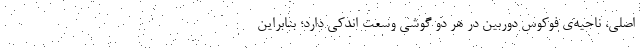
اصلی، ناحیه‌ی فوکوس دوربین در هر دو گوشی وسعت اندکی دارد؛ بنابراین